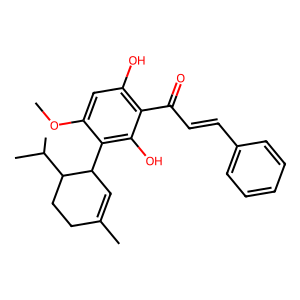
SMILES: COc1cc(O)c(C(=O)C=Cc2ccccc2)c(O)c1C1C=C(C)CCC1C(C)C
Inhibits HIV replication: No